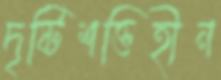
দৃষ্টিশক্তিহীন